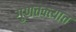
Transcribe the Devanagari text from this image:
गुणतक्त्यात